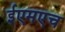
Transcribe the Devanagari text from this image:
ईएमएच